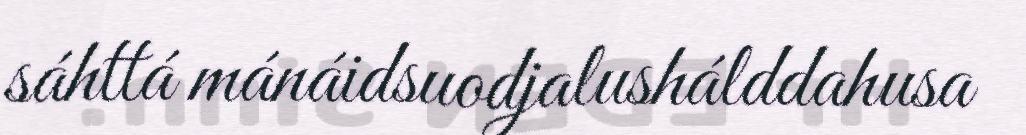
sáhttá mánáidsuodjalushálddahusa